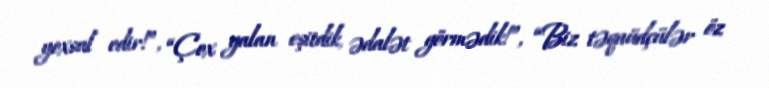
yoxsul edir!”, “Çox yalan eşitdik, ədalət görmədik!”, “Biz təqaüdçülər öz